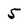
Character: 5